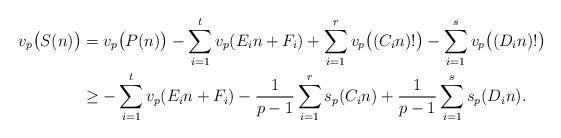
LaTeX: \begin{align*} v_p\big(S(n)\big)&=v_p\big(P(n)\big)-\sum_{i=1} ^{t}v_p(E_in+F_i)+\sum _{i=1} ^{r}v_p\big((C_in)!\big)-\sum _{i=1} ^{s}v_p\big((D_in)!\big)\\&\ge-\sum_{i=1} ^{t}v_p(E_in+F_i)-\frac {1} {p-1}\sum _{i=1} ^{r}s_p(C_in)+\frac {1} {p-1}\sum _{i=1} ^{s}s_p(D_in).\end{align*}